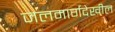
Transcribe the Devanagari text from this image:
जलमार्गदेखील